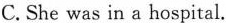
C.She was in a hospital.